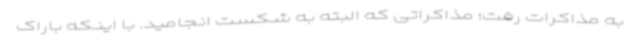
به مذاکرات رفت؛ مذاکراتی که البته به شکست انجامید. با اینکه باراک